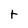
Character: t